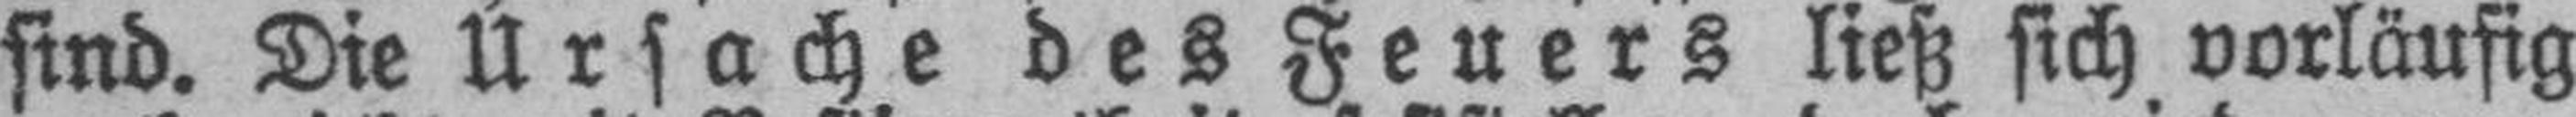
sind. Die Ursache des Feuers ließ sich vorläufig